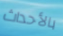
بالأحداث